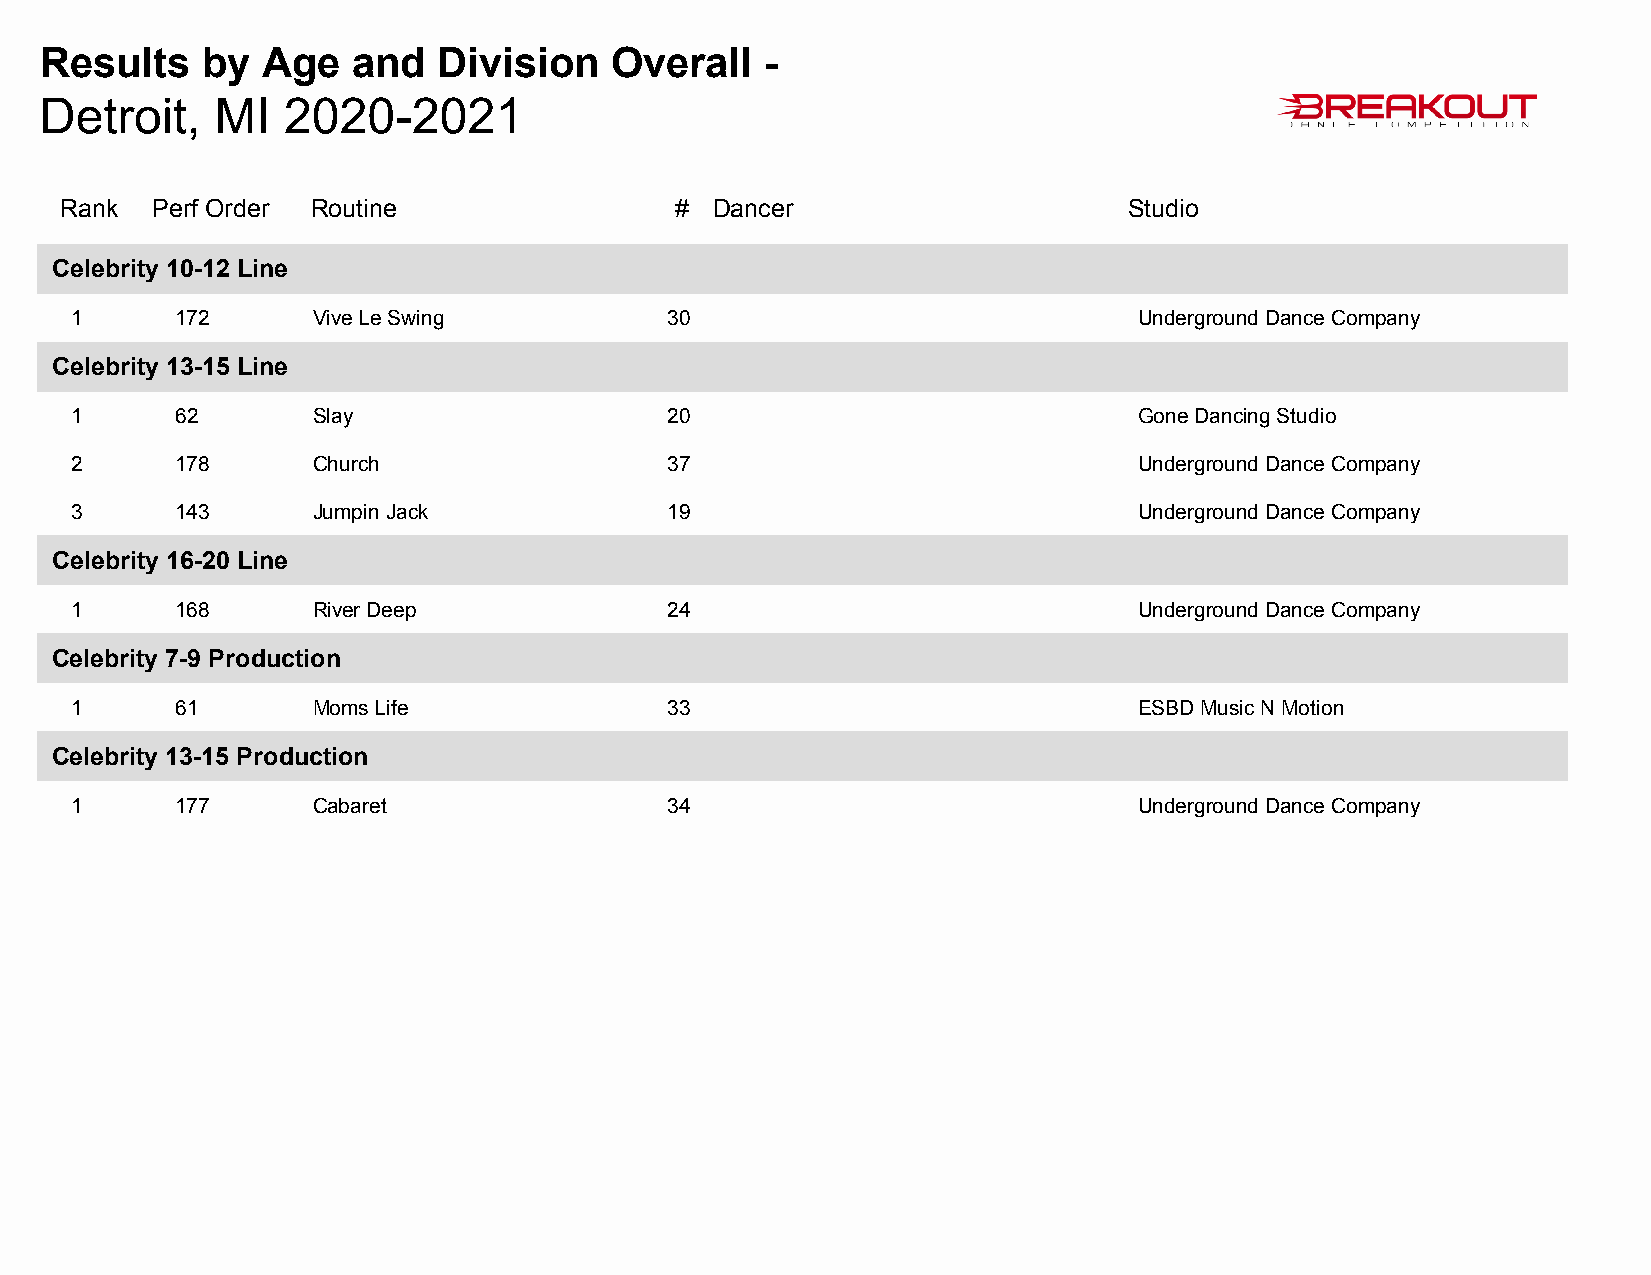
Results   by  Age   and   Division   Overall    -
 Detroit,   MI   2020-2021
 Rank  Perf Order Routine                 # Dancer                      Studio
 Celebrity 10-12 Line
 1      172      Vive Le Swing          30                             Underground Dance Company
 Celebrity 13-15 Line
 1      62       Slay                   20                             Gone Dancing Studio
 2      178      Church                 37                             Underground Dance Company
 3      143      Jumpin Jack            19                             Underground Dance Company
 Celebrity 16-20 Line
 1      168      River Deep             24                             Underground Dance Company
 Celebrity 7-9 Production
 1      61       Moms Life              33                             ESBD Music N Motion
 Celebrity 13-15 Production
 1      177      Cabaret                34                             Underground Dance Company